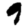
Digit: 9